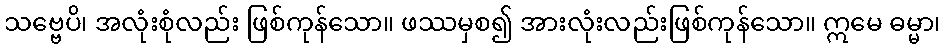
သဗ္ဗေပိ၊ အလုံးစုံလည်း ဖြစ်ကုန်သော။ ဖဿမှစ၍ အားလုံးလည်းဖြစ်ကုန်သော။ ဣမေ ဓမ္မာ၊